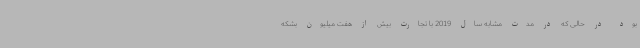
بود در حالی که در مدت مشابه سال 2019 با تجارت بیش از هفت میلیون بشکه